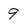
Character: 9